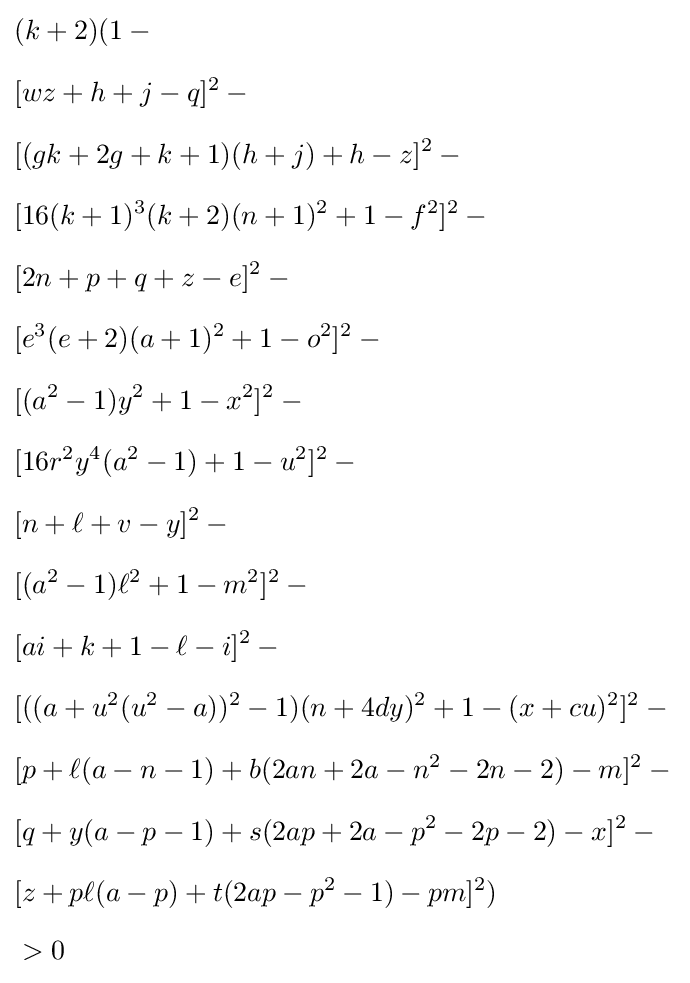
{\begin{aligned}&(k+2)(1-{}\\[6pt]&[wz+h+j-q]^{2}-{}\\[6pt]&[(gk+2g+k+1)(h+j)+h-z]^{2}-{}\\[6pt]&[16(k+1)^{3}(k+2)(n+1)^{2}+1-f^{2}]^{2}-{}\\[6pt]&[2n+p+q+z-e]^{2}-{}\\[6pt]&[e^{3}(e+2)(a+1)^{2}+1-o^{2}]^{2}-{}\\[6pt]&[(a^{2}-1)y^{2}+1-x^{2}]^{2}-{}\\[6pt]&[16r^{2}y^{4}(a^{2}-1)+1-u^{2}]^{2}-{}\\[6pt]&[n+\ell +v-y]^{2}-{}\\[6pt]&[(a^{2}-1)\ell ^{2}+1-m^{2}]^{2}-{}\\[6pt]&[ai+k+1-\ell -i]^{2}-{}\\[6pt]&[((a+u^{2}(u^{2}-a))^{2}-1)(n+4dy)^{2}+1-(x+cu)^{2}]^{2}-{}\\[6pt]&[p+\ell (a-n-1)+b(2an+2a-n^{2}-2n-2)-m]^{2}-{}\\[6pt]&[q+y(a-p-1)+s(2ap+2a-p^{2}-2p-2)-x]^{2}-{}\\[6pt]&[z+p\ell (a-p)+t(2ap-p^{2}-1)-pm]^{2})\\[6pt]&>0\end{aligned}}